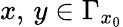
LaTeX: x,\, y\in\Gamma_{x_{0}}